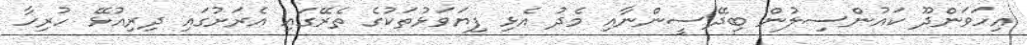
އިހަވަންދޫ ކައުންސިލުން ބިދޭސީންނާއި މެދު އެޅި ފިޔަވަޅުތަކުގެ ތެރޭގައި އެރަށުގައި ދިރިއުޅޭ ހުރިހާ